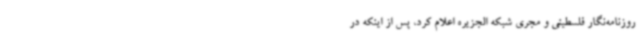
روزنامه‌نگار فلسطینی و مجری شبکه الجزیره اعلام کرد، پس از اینکه در